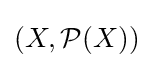
(X,{\mathcal {P}}(X))